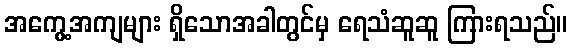
အကွေ့အကျများ ရှိသောအခါတွင်မှ ရေသံဆူဆူ ကြားရသည်။